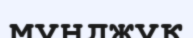
мунджук